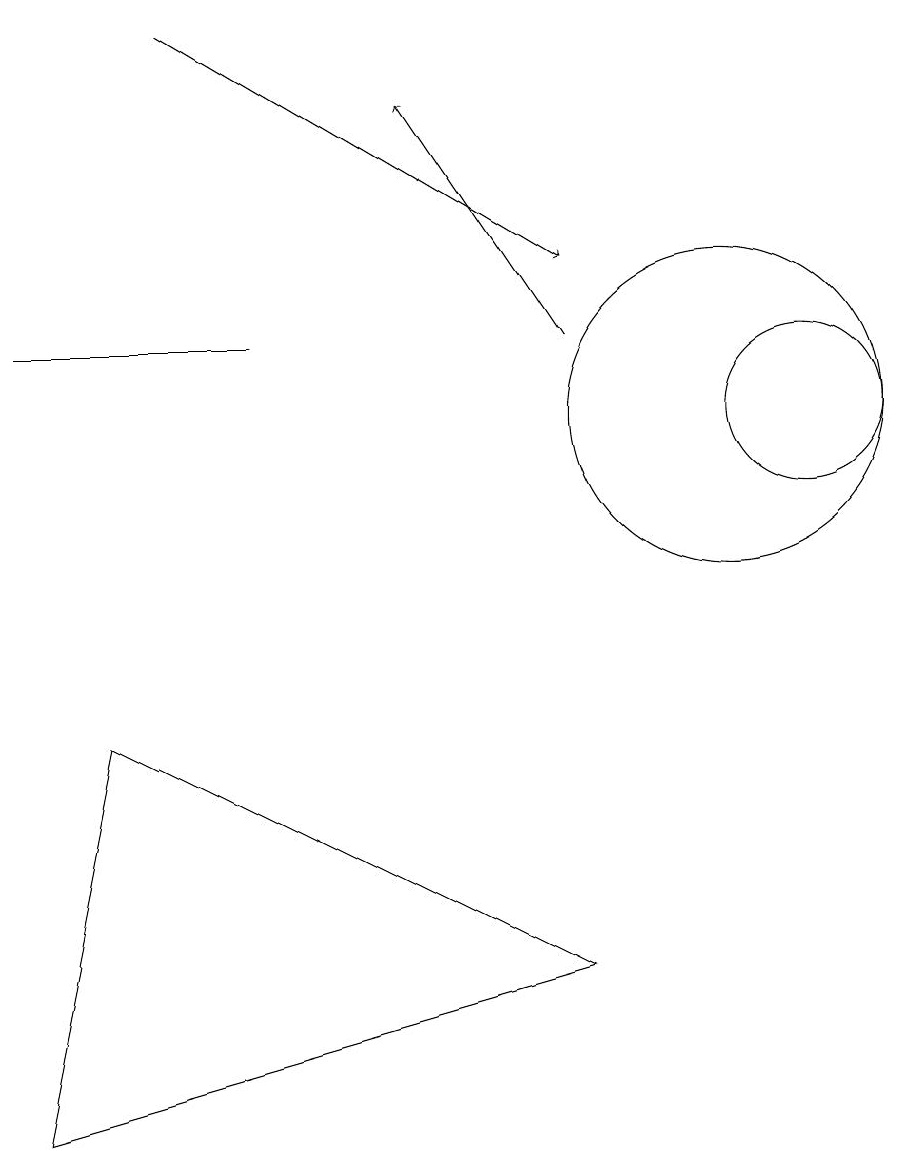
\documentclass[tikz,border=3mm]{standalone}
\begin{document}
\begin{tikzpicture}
\draw[->] (3,16) -- (8,13);
\draw (2,7) -- (1,2) -- (8,4) -- cycle;
\draw (4,12) rectangle (1,12);
\draw (10,11) circle (2);
\draw[->] (8,12) -- (6,15);
\draw (11,11) circle (1);
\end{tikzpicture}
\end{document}